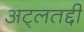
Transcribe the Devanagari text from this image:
अट्लतद्दी